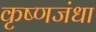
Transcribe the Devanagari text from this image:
कृष्णजंधा